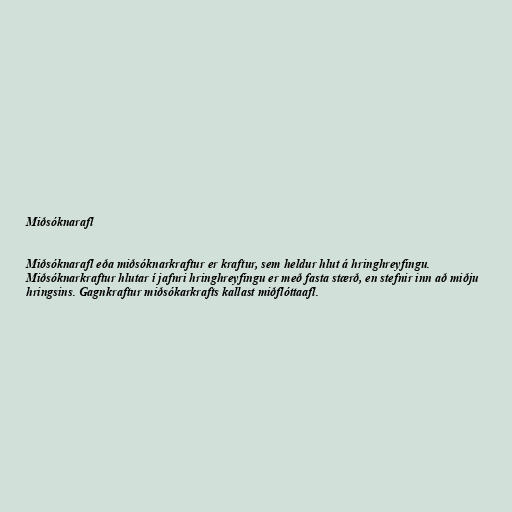
Miðsóknarafl

Miðsóknarafl eða miðsóknarkraftur er kraftur, sem heldur hlut á hringhreyfingu.
Miðsóknarkraftur hlutar í jafnri hringhreyfingu er með fasta stærð, en stefnir inn að miðju
hringsins. Gagnkraftur miðsókarkrafts kallast miðflóttaafl.